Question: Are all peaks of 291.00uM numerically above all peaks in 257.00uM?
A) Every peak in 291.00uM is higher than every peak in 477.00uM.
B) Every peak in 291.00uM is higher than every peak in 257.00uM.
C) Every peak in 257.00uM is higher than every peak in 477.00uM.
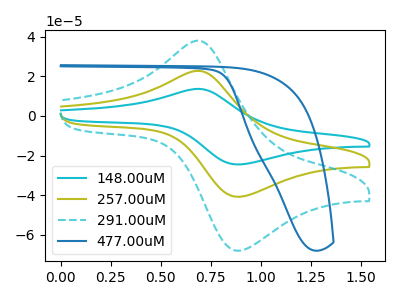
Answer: <think>The cyan curve "148.00uM" has an anodic peak at (0.70V, 45.55uA) and a cathodic peak at (0.85V, -81.45uA). The olive curve "257.00uM" has an anodic peak at (0.70V, 22.80uA) and a cathodic peak at (0.85V, -40.75uA). The cyan dashed curve "291.00uM" has an anodic peak at (0.70V, 38.00uA) and a cathodic peak at (0.85V, -67.90uA). The blue curve "477.00uM" has no peaks.</think>
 <answer>B) Every peak in "291.00uM" is higher than every peak in "257.00uM".</answer>
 <eval>B</eval>